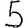
Digit: 5